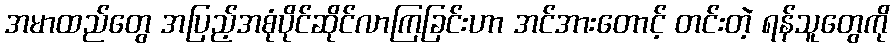
အမာထည်တွေ အပြည့်အစုံပိုင်ဆိုင်လာကြခြင်းဟာ အင်အားတောင့် တင်းတဲ့ ရန်သူတွေကို